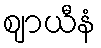
ဈာယီနံ